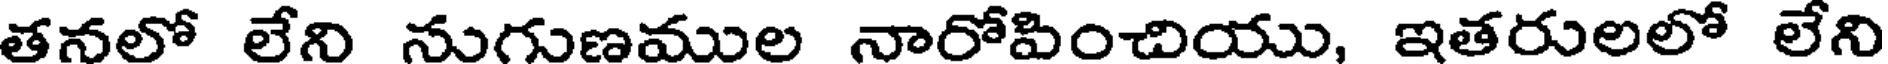
తనలో లేని నుగుణముల నారోపించియు, ఇతరులలో లేని